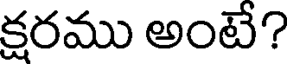
క్షరము అంటే?